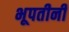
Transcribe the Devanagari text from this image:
भूपतीनी